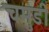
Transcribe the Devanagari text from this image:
चमुंडी